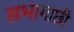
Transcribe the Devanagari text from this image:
सभागाछी